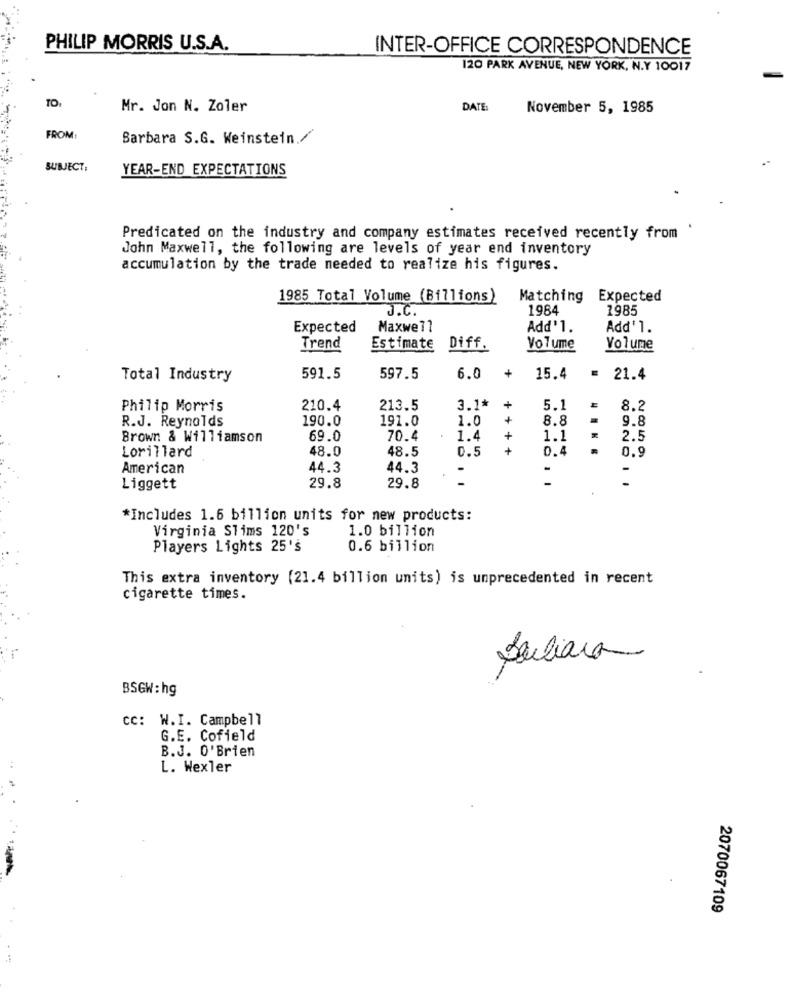
PHILIP MORRIS U.S.A.
INTER-OFFICE CORRESPONDENCE
120 PARK AVENUE, NEW YORK, N.Y 10017
TO:
Mr. Jon N. Zoler
DATE:
November 5, 1985
FROM:
Barbara S.G. Weinstein./
SUBJECT:
YEAR-END EXPECTATIONS
Predicated on the industry and company estimates received recently from
John Maxwell, the following are levels of year end inventory
accumulation by the trade needed to realize his figures.
1985 Total Volume (Billions)
Matching Expected
J.C.
1984
1985
Expected
Maxwell
Add'1.
Add' 1.
Trend
Estimate
Diff.
Volume
Volume
Total Industry
591.5
597.5
6.0
+
15.4
= 21.4
Philip Morris
210.4
213.5
3.1*
5.1
8.2
R.J. Reynolds
190.0
191.0
1.0
8.8
9.8
Brown & Williamson
69.0
70.4
1.4
+
1.1
2.5
48.0
48.5
0.5
+
0.4
Lorillard
0.9
American
44.3
44.3
-
-
Liggett
29.8
29.8
*Includes 1.6 billion units for new products:
Virginia Slims 120's
1.0 billion
Players Lights 25's
0.6 billion
This extra inventory (21.4 billion units) is unprecedented in recent
cigarette times.
Juliana
BSGW:hg
cc: W.I. Campbell
G.E. Cofield
B.J. O'Brien
L. Wexler
2070067109
-